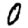
Digit: 0